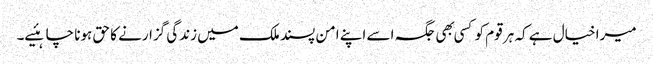
میرا خیال ہے کہ ہر قوم کو کسی بهی جگہ اسے اپنے امن پسند ملک میں زندگی گزارنے کا حق ہونا چاہئیے۔